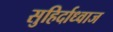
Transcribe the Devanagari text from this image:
सुहिर्दाध्वाज